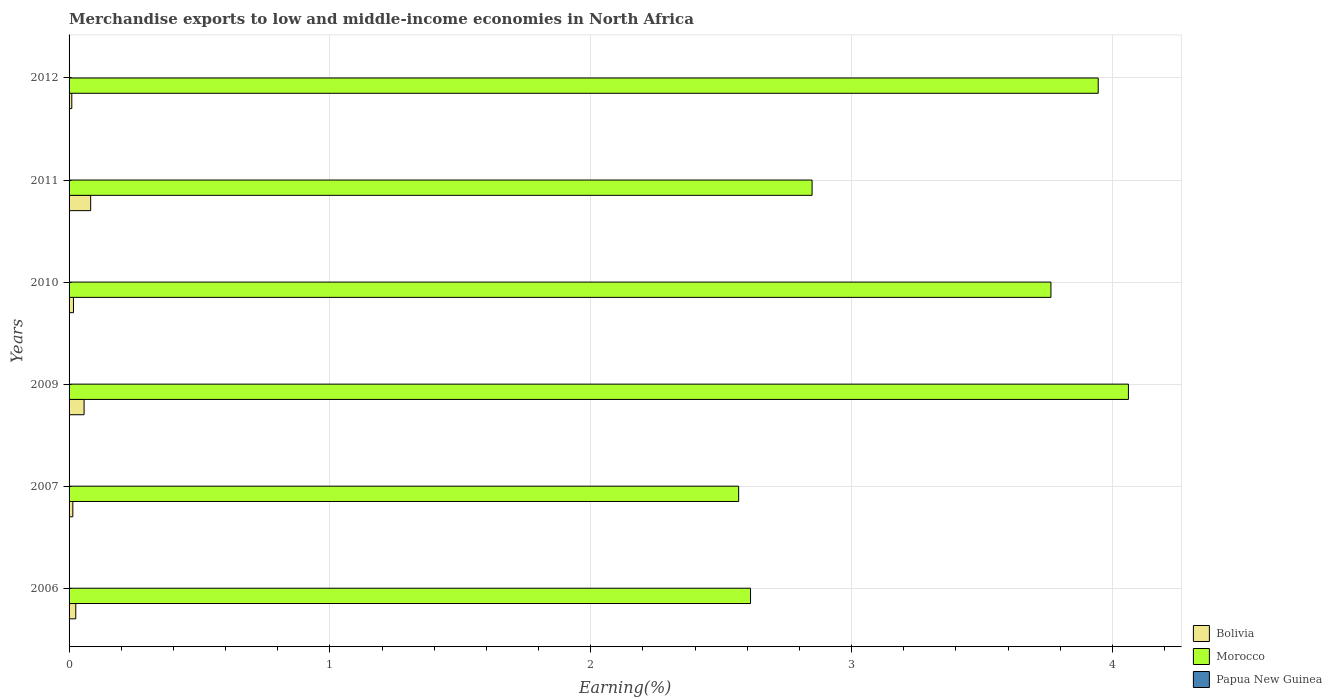
| Years | Bolivia | Morocco | Papua New Guinea |
 | --- | --- | --- | --- |
 | 2006 | 0.0258 | 2.61 | 5.69e-05 |
 | 2007 | 0.0144 | 2.57 | 7.1e-05 |
 | 2009 | 0.0576 | 4.06 | 2.3e-05 |
 | 2010 | 0.0168 | 3.76 | 3.97e-05 |
 | 2011 | 0.0828 | 2.85 | 0.00143 |
 | 2012 | 0.0105 | 3.95 | 0.00168 |